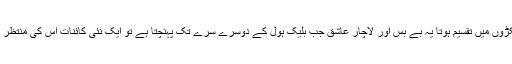
باریک ٹکڑوں میں تقسیم ہوتا یہ بے بس اور لاچار عاشق جب بلیک ہول کے دوسرے سرے تک پہنچتا ہے تو ایک نئی کائنات اس کی منتظر ہوتی ہے۔